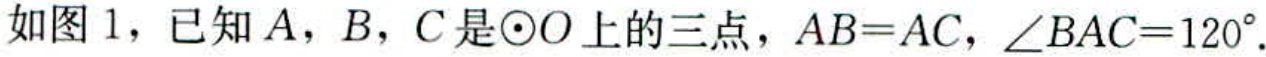
如图 1，已知 \(A\)，\(B\)，\(C\)是\(\odot O\)上的三点，\(AB = AC\)，\(\angle BAC = 120^{\circ}\).